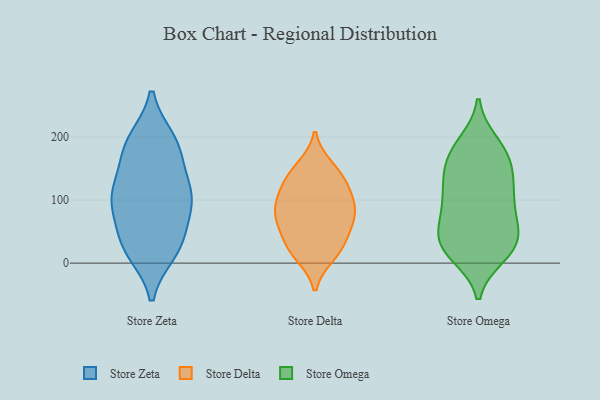
{"axis": {"x": "Bounce Rate (%)", "y": "Value"}, "legend": ["Store Delta", "Store Omega", "Store Zeta"], "data": [{"x": "", "y": 119, "type": "Store Zeta"}, {"x": "", "y": 80, "type": "Store Zeta"}, {"x": "", "y": 114, "type": "Store Zeta"}, {"x": "", "y": 189, "type": "Store Zeta"}, {"x": "", "y": 25, "type": "Store Zeta"}, {"x": "", "y": 187, "type": "Store Zeta"}, {"x": "", "y": 99, "type": "Store Zeta"}, {"x": "", "y": 35, "type": "Store Zeta"}, {"x": "", "y": 110, "type": "Store Zeta"}, {"x": "", "y": 194, "type": "Store Zeta"}, {"x": "", "y": 168, "type": "Store Zeta"}, {"x": "", "y": 31, "type": "Store Zeta"}, {"x": "", "y": 97, "type": "Store Zeta"}, {"x": "", "y": 19, "type": "Store Zeta"}, {"x": "", "y": 36, "type": "Store Delta"}, {"x": "", "y": 146, "type": "Store Delta"}, {"x": "", "y": 79, "type": "Store Delta"}, {"x": "", "y": 114, "type": "Store Delta"}, {"x": "", "y": 82, "type": "Store Delta"}, {"x": "", "y": 89, "type": "Store Delta"}, {"x": "", "y": 133, "type": "Store Delta"}, {"x": "", "y": 124, "type": "Store Delta"}, {"x": "", "y": 24, "type": "Store Delta"}, {"x": "", "y": 54, "type": "Store Delta"}, {"x": "", "y": 101, "type": "Store Delta"}, {"x": "", "y": 76, "type": "Store Delta"}, {"x": "", "y": 16, "type": "Store Delta"}, {"x": "", "y": 12, "type": "Store Delta"}, {"x": "", "y": 61, "type": "Store Delta"}, {"x": "", "y": 153, "type": "Store Delta"}, {"x": "", "y": 101, "type": "Store Omega"}, {"x": "", "y": 65, "type": "Store Omega"}, {"x": "", "y": 138, "type": "Store Omega"}, {"x": "", "y": 21, "type": "Store Omega"}, {"x": "", "y": 17, "type": "Store Omega"}, {"x": "", "y": 67, "type": "Store Omega"}, {"x": "", "y": 151, "type": "Store Omega"}, {"x": "", "y": 27, "type": "Store Omega"}, {"x": "", "y": 13, "type": "Store Omega"}, {"x": "", "y": 39, "type": "Store Omega"}, {"x": "", "y": 181, "type": "Store Omega"}, {"x": "", "y": 177, "type": "Store Omega"}, {"x": "", "y": 190, "type": "Store Omega"}, {"x": "", "y": 39, "type": "Store Omega"}, {"x": "", "y": 120, "type": "Store Omega"}, {"x": "", "y": 96, "type": "Store Omega"}, {"x": "", "y": 167, "type": "Store Omega"}, {"x": "", "y": 95, "type": "Store Omega"}, {"x": "", "y": 43, "type": "Store Omega"}, {"x": "", "y": 133, "type": "Store Omega"}]}